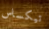
تيكساس